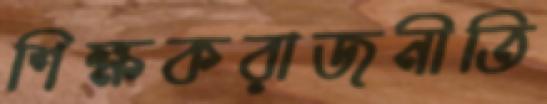
শিক্ষকরাজনীতি